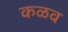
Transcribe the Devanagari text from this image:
कळव